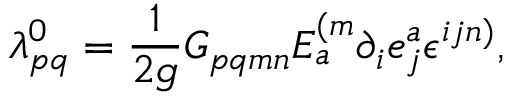
\lambda _ { p q } ^ { 0 } = \frac { 1 } { 2 g } G _ { p q m n } E _ { a } ^ { ( m } \partial _ { i } e _ { j } ^ { a } \epsilon ^ { i j n ) } ,